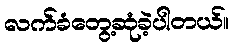
လက်ခံတွေ့ဆုံခဲ့ပါတယ်။